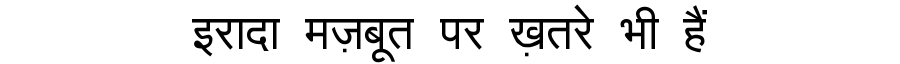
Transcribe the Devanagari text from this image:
इरादा मज़बूत पर ख़तरे भी हैं